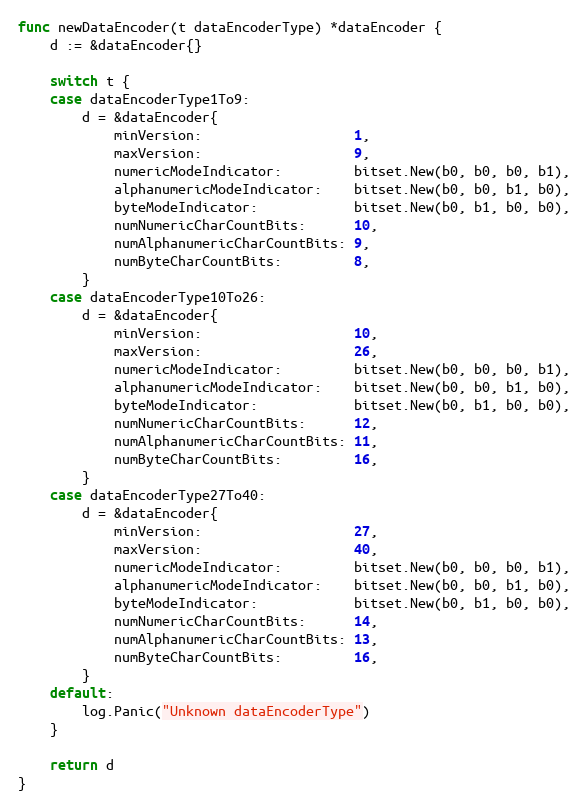
Language: Go
func newDataEncoder(t dataEncoderType) *dataEncoder {
	d := &dataEncoder{}

	switch t {
	case dataEncoderType1To9:
		d = &dataEncoder{
			minVersion:                   1,
			maxVersion:                   9,
			numericModeIndicator:         bitset.New(b0, b0, b0, b1),
			alphanumericModeIndicator:    bitset.New(b0, b0, b1, b0),
			byteModeIndicator:            bitset.New(b0, b1, b0, b0),
			numNumericCharCountBits:      10,
			numAlphanumericCharCountBits: 9,
			numByteCharCountBits:         8,
		}
	case dataEncoderType10To26:
		d = &dataEncoder{
			minVersion:                   10,
			maxVersion:                   26,
			numericModeIndicator:         bitset.New(b0, b0, b0, b1),
			alphanumericModeIndicator:    bitset.New(b0, b0, b1, b0),
			byteModeIndicator:            bitset.New(b0, b1, b0, b0),
			numNumericCharCountBits:      12,
			numAlphanumericCharCountBits: 11,
			numByteCharCountBits:         16,
		}
	case dataEncoderType27To40:
		d = &dataEncoder{
			minVersion:                   27,
			maxVersion:                   40,
			numericModeIndicator:         bitset.New(b0, b0, b0, b1),
			alphanumericModeIndicator:    bitset.New(b0, b0, b1, b0),
			byteModeIndicator:            bitset.New(b0, b1, b0, b0),
			numNumericCharCountBits:      14,
			numAlphanumericCharCountBits: 13,
			numByteCharCountBits:         16,
		}
	default:
		log.Panic("Unknown dataEncoderType")
	}

	return d
}